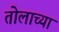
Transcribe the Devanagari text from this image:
तोलाच्या